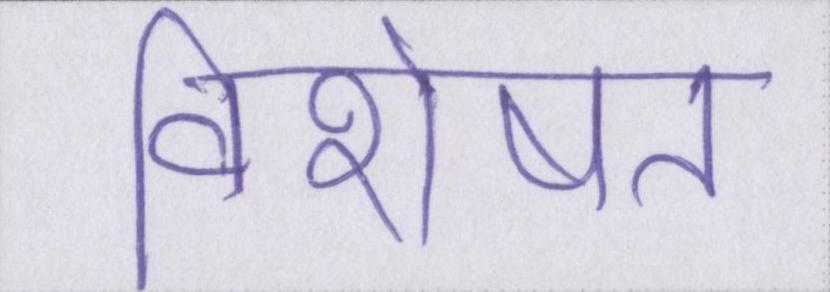
विशेषत